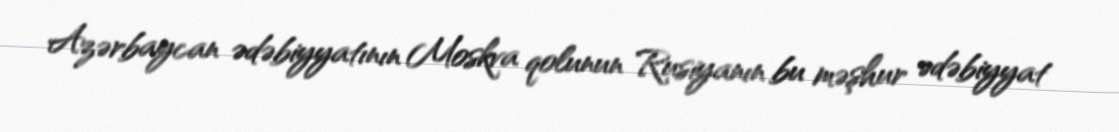
Azərbaycan ədəbiyyatının Moskva qolunun Rusiyanın bu məşhur ədəbiyyat